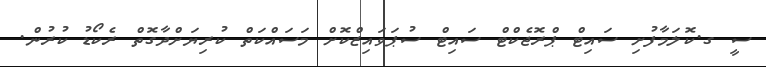
ސީ ގ.ކޮލަމާފުށި ސައިޓް ޕްރޮޖެކްޓް ސައިޓް ސުޕަވައިޒްކޮށް މަސައްކަތް ކުރިޔަށްދާގޮތް ރެކޯޑު ކުރުން.